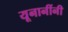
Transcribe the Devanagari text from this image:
यूनानींनी